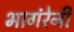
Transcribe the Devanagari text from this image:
भागंरेनी